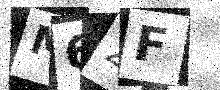
Text: M62F